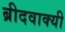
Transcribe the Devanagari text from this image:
ब्रीदवाक्यी